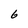
Character: 6